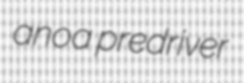
anoa predriver